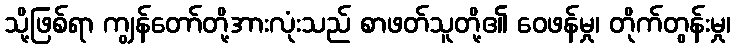
သို့ဖြစ်ရာ ကျွန်တော်တို့အားလုံးသည် စာဖတ်သူတို့၏ ဝေဖန်မှု၊ တိုက်တွန်းမှု၊